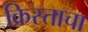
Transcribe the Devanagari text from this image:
क्रिस्ताचा